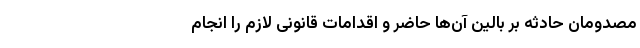
مصدومان حادثه بر بالین آن‌ها حاضر و اقدامات قانونی لازم را انجام